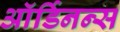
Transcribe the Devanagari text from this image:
ऑर्डिनन्स